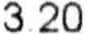
3.20